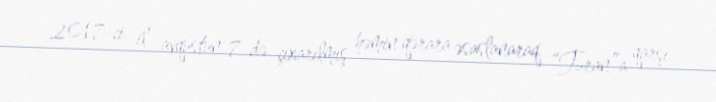
2017-ci il avqustun 7-də çıxarılmış həmin qərara əsaslanaraq “Turan”a qarşı